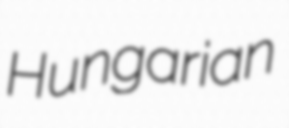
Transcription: Hungarian